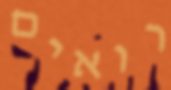
רואים